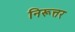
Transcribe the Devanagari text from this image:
निरूत्तर